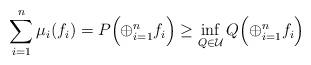
LaTeX: \begin{gather*}\sum_{i=1}^n\mu_i(f_i)=P\Bigl(\oplus_{i=1}^nf_i\Bigr)\ge\inf_{Q\in\mathcal{U}}Q\Bigl(\oplus_{i=1}^nf_i\Bigr)\end{gather*}